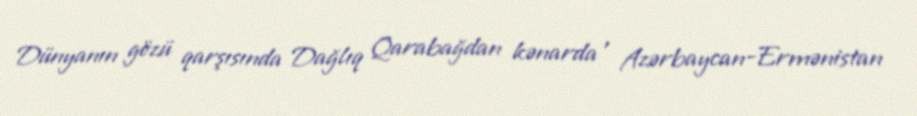
Dünyanın gözü qarşısında Dağlıq Qarabağdan kənarda , Azərbaycan-Ermənistan